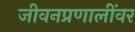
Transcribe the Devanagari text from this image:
जीवनप्रणालींवर